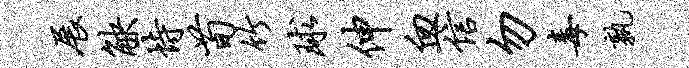
展觖恃荀竹球伸血信勿毒孰